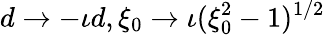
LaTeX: d\to-\iota d,\xi_{0}\to\iota(\xi_{0}^{2}-1)^{1/2}